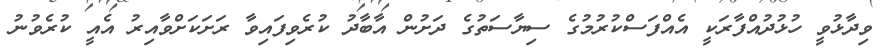
ވިދާޅުވީ ހުޅުދުއްފާރަކީ އެއްފަސްކުރުމުގެ ސިޔާސަތުގެ ދަށުން އާބާދު ކުރެވިފައިވާ ރަށަކަށްވާއިރު އެއީ ކުރެވުނު